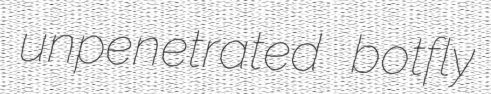
unpenetrated botfly